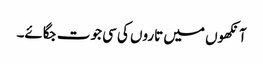
آنکھوں میں تاروں کی سی جوت جگائے۔